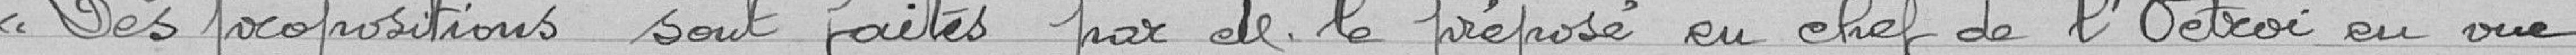
Des propositions sont faites par M. le préposé en chef de l'Octroi en vue